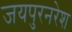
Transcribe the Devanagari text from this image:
जयपुरनरेश